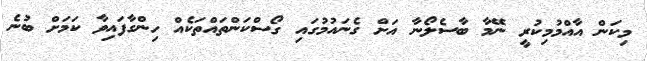
މިކަން އާއްމުމިކުރީ ނޭމާ ބާސެލޯނާ އަށް ގެނައުމުގައި ގޯސްކަންތައްތަކެއް ހިންގާފައިވާ ކަމަށް ބުނެ